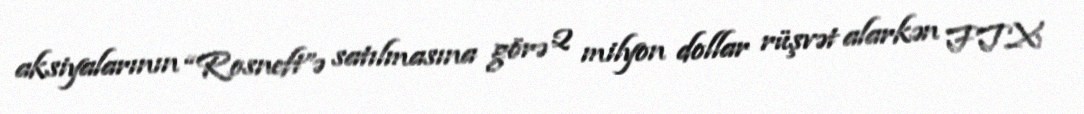
aksiyalarının “Rosneft”ə satılmasına görə 2 milyon dollar rüşvət alarkən FTX